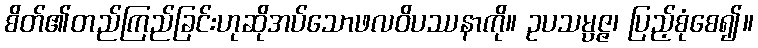
စိတ်၏တည်ကြည်ခြင်းဟုဆိုအပ်သောဖလဝိပဿနာကို။ ဥပသမ္ပဇ္ဇ၊ ပြည့်စုံစေ၍။